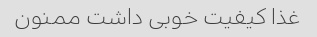
غذا کیفیت خوبی داشت ممنون